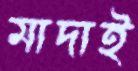
মাদাই